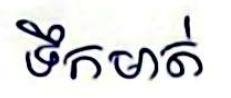
ទឹកមាត់